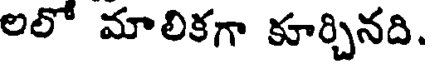
లలో మాలికగా కూర్చినది.